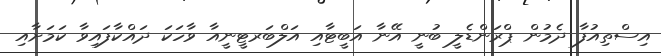
އިސްތިއުފާ ދެމުން ޕްރަންޑެލީ ބުނީ އޭނާ އަބީޓާއި އަލްބަރޓީނީއާ ވާހަކަ ދައްކާފައިވާ ކަމަށާއި